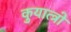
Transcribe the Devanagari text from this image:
कुयात्त्रो